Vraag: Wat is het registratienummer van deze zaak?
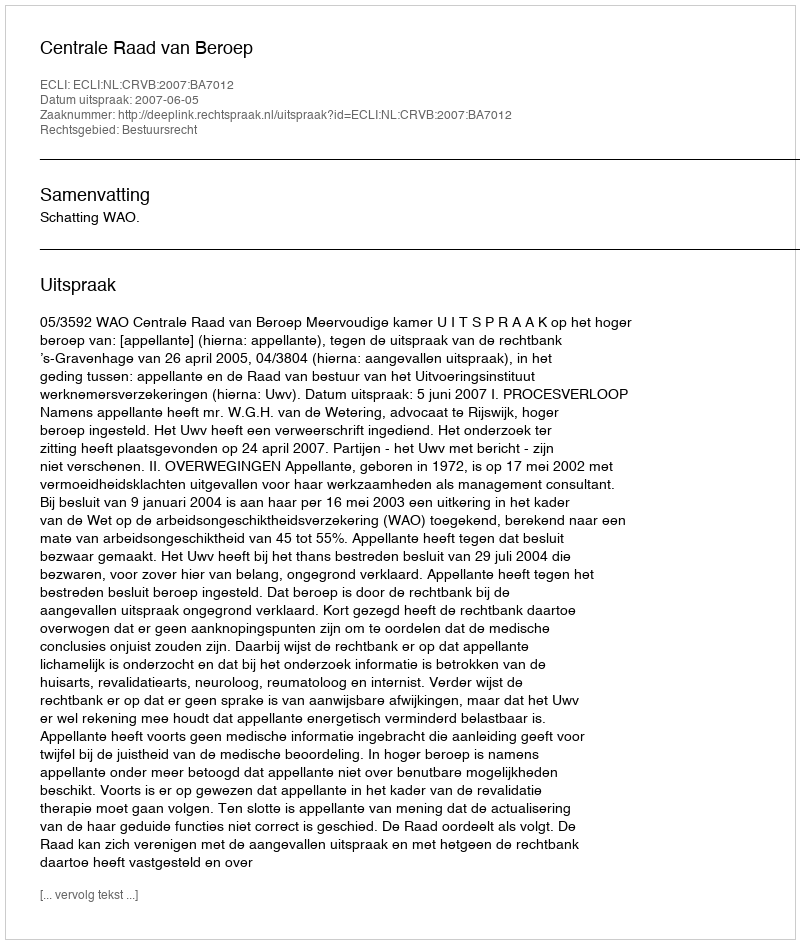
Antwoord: http://deeplink.rechtspraak.nl/uitspraak?id=ECLI:NL:CRVB:2007:BA7012